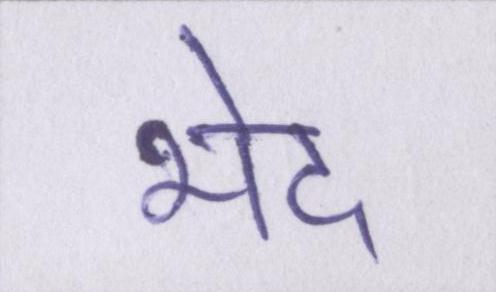
भेद